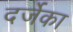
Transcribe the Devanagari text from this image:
दर्जेका